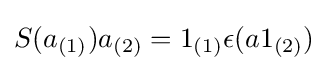
S(a_{(1)})a_{(2)}=1_{(1)}\epsilon (a1_{(2)})